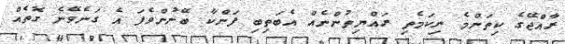
ރާއްޖޭގެ ކިތަންމެ ނިކަމެތި ރައްޔިތުންނެއް އެބަތިބި ފަންކާ ބޭނުންވެފަ އެ ގަނެވޭނެ ގޮތެއް